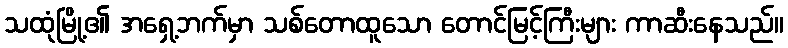
သထုံမြို့၏ အရှေ့ဘက်မှာ သစ်တောထူသော တောင်မြင့်ကြီးများ ကာဆီးနေသည်။